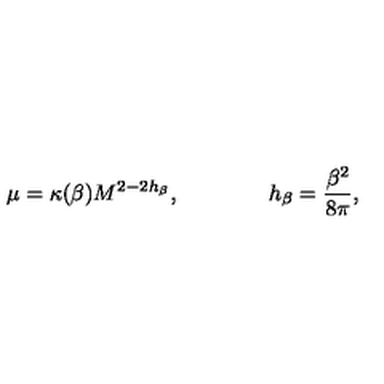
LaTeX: \mu = \kappa ( \beta ) M ^ { 2 - 2 h _ { \beta } } , \qquad \qquad h _ { \beta } = \frac { \beta ^ { 2 } } { 8 \pi } ,